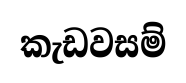
කැඩවසම්